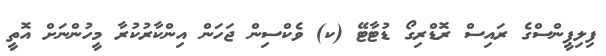
ފިލިޕީންސްގެ ރައިސް ރޮޑްރިގޯ ޑުޓާޓޭ (ކ) ވެކްސިން ޖަހަން އިންކާރުކުރާ މީހުންނަށް އޮތީ